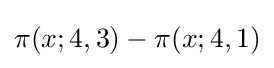
\pi (x;4,3)-\pi (x;4,1)